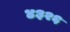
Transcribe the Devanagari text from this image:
४३२६